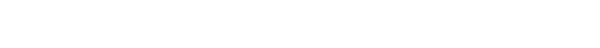
ပြောပါတယ်။ ဘဝသစ် ကူးတယ် ဆိုတာဟာ အိမ်ပြောင်းသလိုပါပဲ။ အိမ်အဟောင်းကို